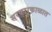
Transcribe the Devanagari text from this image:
सरकारकाळात